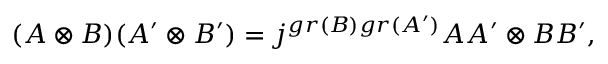
( A \otimes B ) ( A ^ { \prime } \otimes B ^ { \prime } ) = j ^ { g r ( B ) g r ( A ^ { \prime } ) } A A ^ { \prime } \otimes B B ^ { \prime } ,